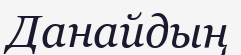
Данайдың